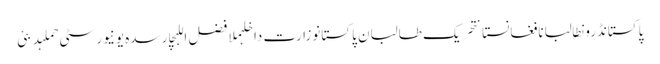
پاکستانڈرونطالبانافغانستانتحریک طالبان پاکستانوزارت داخلہملا فضل اللہچارسدہ یونیورسٹی حملہدبئی